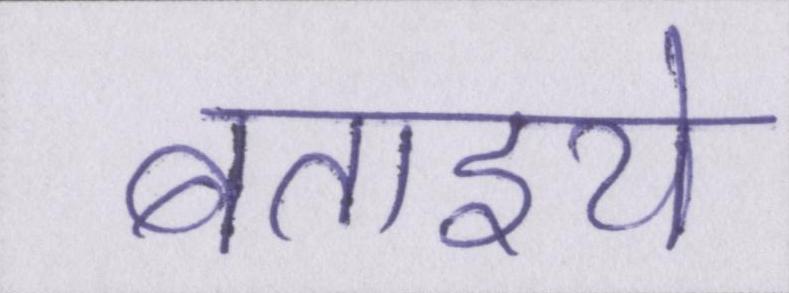
बताइये